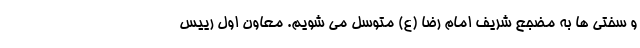
و سختی ها به مضجع شریف امام رضا (ع) متوسل می شویم. معاون اول رییس